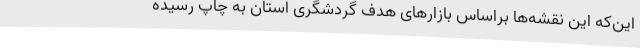
این‌که این نقشه‌ها براساس بازارهای هدف گردشگری استان به چاپ رسیده